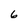
Character: 6